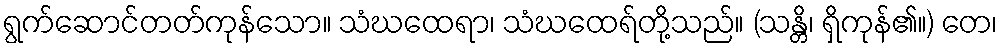
ရွက်ဆောင်တတ်ကုန်သော။ သံဃထေရာ၊ သံဃထေရ်တို့သည်။ (သန္တိ၊ ရှိကုန်၏။) တေ၊